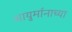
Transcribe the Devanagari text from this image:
आयुर्मानाच्या